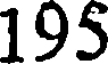
195